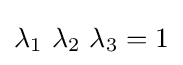
\lambda _{1}~\lambda _{2}~\lambda _{3}=1